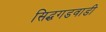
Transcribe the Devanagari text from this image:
सिद्धगडवाडी